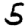
Digit: 5